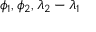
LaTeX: \phi _ { 1 } , \phi _ { 2 } , \lambda _ { 2 } - \lambda _ { 1 }